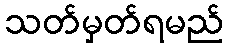
သတ်မှတ်ရမည်